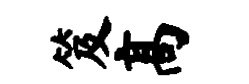
笈高